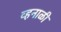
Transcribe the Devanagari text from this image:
व्हनाळी